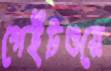
গেইটওয়ে